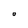
Character: O